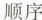
顺序